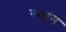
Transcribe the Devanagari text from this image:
रमान